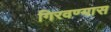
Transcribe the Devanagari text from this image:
गिरवण्यास